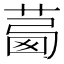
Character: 𦴛